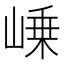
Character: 𡹴